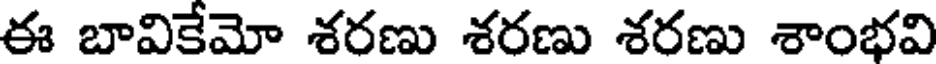
ఈ బావికేమో శరణు శరణు శరణు శాంభవి